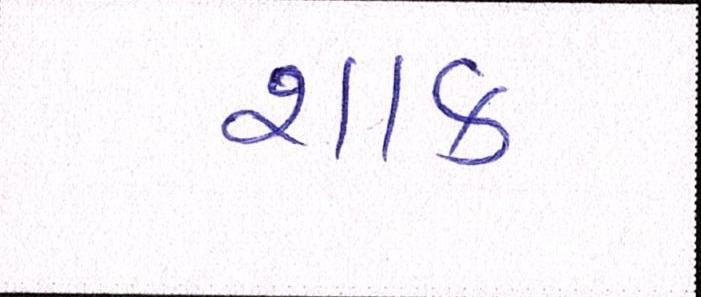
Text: શાક